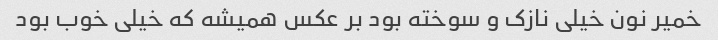
خمیر نون خیلی نازک و سوخته بود بر عکس همیشه که خیلی خوب بود